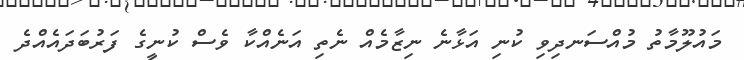
މައުލޫމާތު މުއްސަނދިވި ކުނި އަޅާނެ ނިޒާމެއް ނެތި އަނެއްކާ ވެސް ކުނީގެ ފަރުބަދައެއްދެ